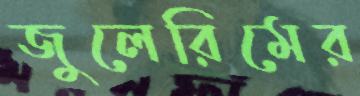
জুলেরিমের